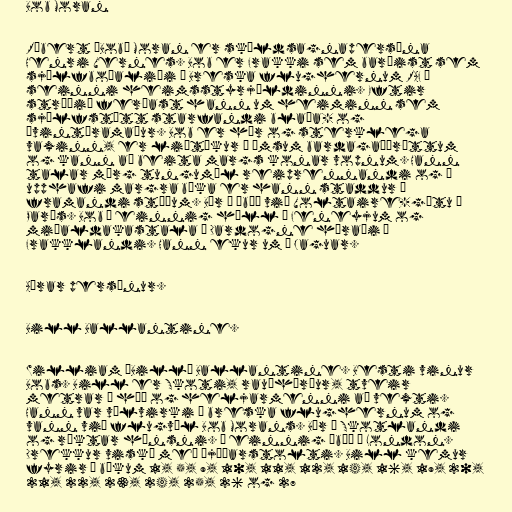
Bob Moran

Róbert „Bob“ Moran er skáldsagnapersóna
Henri Vernes. Bob er Frakki sem barðist sem
sjálfboðaliði í Breska flughernum RAF í
seinni heimsstyrjöldinni. Eftir
stríðið ferðast hann um heiminn sem
sjálfstætt starfandi blaða- og
ævintýramaður. Bob er hár og sterklega
vaxinn, er liðtækur í ýmsum bardagaíþróttum
og kann að beita margs konar vopnum. Hann
talar mörg tungumál reiprennandi og í
upphafi margra bóka er hann staddur á
framandi stöðum. Býr í íbúð við Voltaire-götu í
París. Bob á einnig höll í Feneyjum og
miðaldakastala í Dardogne héraði í
Frakklandi. Hann ekur um á Jaguar.

Aðrar persónur.

Bill Ballantine.

William „Bill“ Ballantine. Besti vinur
Bobs. Bill er Skoti, rauðhærður, tveir
metrar á hæð og heljarmenni að vexti.
Hann var vélvirki í breska flughernum og
vann við flugvél Bob Morans. Býr á Skotlandi
og ræktar hænsni. Á einnig íbúð í London.
Drekkur viskí með þjóðarstolti. Bill kemur
fyrir í bókum 1, 5, 9, 10, 11, 12, 14, 16, 19, 20,
21, 22, 23, 24, 25, 26 og 27